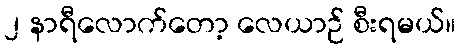
၂ နာရီလောက်တော့ လေယာဉ် စီးရမယ်။